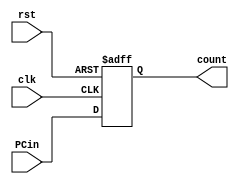
`timescale 1ns / 1ps


// Module Name: PC

module PC(
    input clk, rst,
    input [31:0] PCin,
    output reg [31:0] count
    );
 
    always@(posedge clk, posedge rst) begin
        if(rst)
            count <= 0;
        else
            count <= PCin;
    end
endmodule